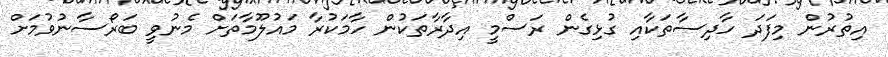
އިތުރުން މިފަދަ ހާދިސާތަކާއި ގުޅިގެން ރަސްމީ އިދާރާތަކުން ހާމަކުރާ މައުލޫމާތަށް މެނުވީ ބަރޯސާނުވުމަށް